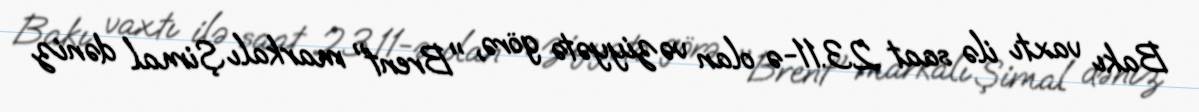
Bakı vaxtı ilə saat 23.11-ə olan vəziyyətə görə, "Brent" markalı Şimal dəniz